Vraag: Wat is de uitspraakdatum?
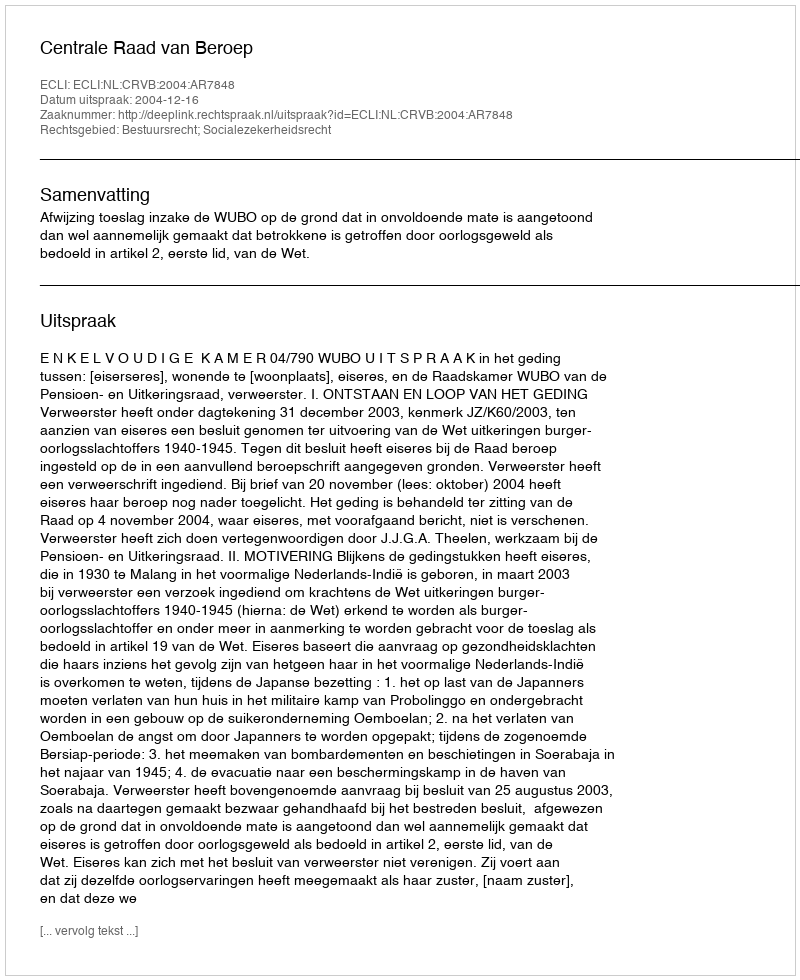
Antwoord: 2004-12-16